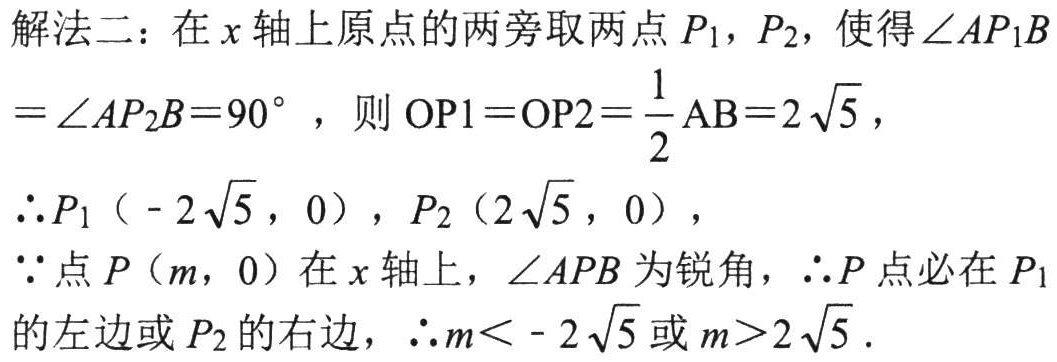
解法二：在\(x\)轴上原点的两旁取两点\(P_1\)，\(P_2\)，使得\(\angle AP_1B=\angle AP_2B = 90^{\circ}\)，则\(OP1 = OP2=\frac{1}{2}AB = 2\sqrt{5}\)，
\(\therefore P_1（- 2\sqrt{5}，0），P_2（2\sqrt{5}，0）\)，
\(\because\)点\(P（m，0）\)在\(x\)轴上，\(\angle APB\)为锐角，\(\therefore P\)点必在\(P_1\)的左边或\(P_2\)的右边，\(\therefore m< - 2\sqrt{5}\)或\(m>2\sqrt{5}\).